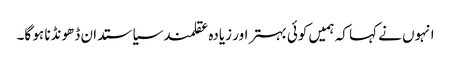
انہوں نے کہا کہ ہمیں کوئی بہتر اور زیادہ عقلمند سیاستدان ڈھونڈنا ہو گا۔